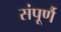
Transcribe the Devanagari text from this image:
संपूर्णै